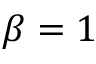
\beta = 1